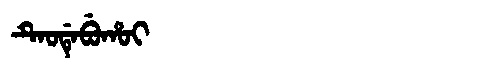
Manchu: ᡨᡝᠣᡩᡝᠪᡠᡥᠣᡳ
Romanization: TEODEBUHOI